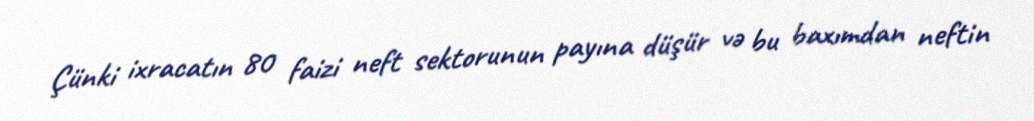
Çünki ixracatın 80 faizi neft sektorunun payına düşür və bu baxımdan neftin